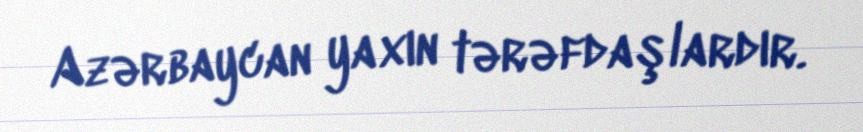
Azərbaycan yaxın tərəfdaşlardır.